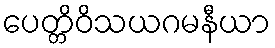
ပေတ္တိဝိသယဂမနီယာ